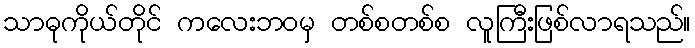
သာဓုကိုယ်တိုင် ကလေးဘဝမှ တစ်စတစ်စ လူကြီးဖြစ်လာရသည်။